Reports on military cantonments and civil stations in the Presidency of Bombay inspected by the Sanitary Commissioner in the years 1875 and 1876
Year: 1875
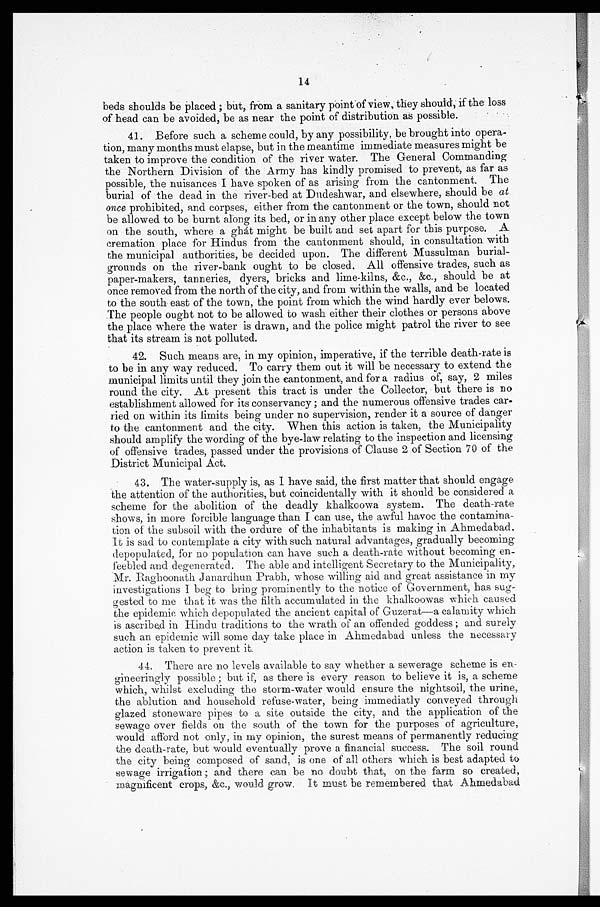
14
beds shoulds be placed; but, from a sanitary pointof view, they should, if the loss
of head can be avoided, be as near the point of distribution as possible.
41. Before such a scheme could, by any possibility, be brought into opera
-tion, many months must elapse, but in the meantime immediate measures might be
taken to improve the condition of the river water. The General Commanding
the Northern Division of the Army has kindly promised to prevent, as far as
possible, the nuisances I have spoken of as arising from the cantonment. The
burial of the dead in the river-bed at Dndeshwar, and elsewhere, should be at
once prohibited, and corpses, either from the cantonment or the town, should not
be allowed to be burnt along its bed, or in any other place except below the town
on the south, where a ghát might be built and set apart for this purpose. A
cremation place for Hindus from the cantonment should, in consultation with
the municipal authorities, be decided upon. The different Mussulman burial
-grounds on the river-bank ought to be closed. All offensive trades, such as
paper-makers, tanneries, dyers, bricks and lime-kilns, &c., &c., should be at
once removed from the north of the city, and from within the walls, and be located
to the south east of the town, the point from which the wind hardly ever belows.
The people ought not to be allowed to wash either their clothes or persons above
the place where the water is drawn, and the police might patrol the river to see
that its stream is not polluted.
42. Such means are, in my opinion, imperative, if the terrible death-rate is
to be in any way reduced. To carry them out it will be necessary to extend the
municipal limits until they join the cantonment, and for a radius of, say, 2 miles
round the city. At present this tract is under the Collector, but there is no
establishment allowed for its conservancy; and the numerous offensive trades car
-ried on within its limits being under no supervision, render it a source of danger
to the cantonment and the city. When this action is taken, the Municipality
should amplify the wording of the bye-law relating to the inspection and licensing
of offensive trades, passed under the provisions of Clause 2 of Section 70 of the
District Municipal Act.
43. The water-supply is, as I have said, the first matter that should engage
the attention of the authorities, but coincidentally with it should be considered a
scheme for the abolition of the deadly khalkoowa system. The death-rate
shows, in more forcible language than I can use, the awful havoc the contamina
-tion of the subsoil with the ordure of the inhabitants is making in Ahmedabad.
It is sad to contemplate a city with such natural advantages, gradually becoming
depopulated, for no population can have such a death-rate without becoming en
-feebled and degenerated. The able and intelligent Secretary to the Municipality,
Mr. Raghoonath Janardhun Prabh, whose willing aid and great assistance in my
investigations I beg to bring prominently to the notice of Government, has sug
-gested to me that it was the filth accumulated in the khalkoowas which caused
the epidemic which depopulated the ancient capital of Guzerat—a calamity which
is ascribed in Hindu traditions to the wrath of an offended goddess; and surely
such an epidemic will some day take place in Ahmedabad unless the necessary
action is taken to prevent it.
44. There are no levels available to say whether a sewerage scheme is en
-gineeringly possible; but if, as there is every reason to believe it is, a scheme
which, whilst excluding the storm-water would ensure the nightsoil, the urine,
the ablution and household refuse-water, being immediatly conveyed through
glazed stoneware pipes to a site outside the city, and the application of the
sewage over fields on the south of the town for the purposes of agriculture,
would afford not only, in my opinion, the surest means of permanently reducing
the death-rate, but would eventually prove a financial success. The soil round
the city being composed of sand, is one of all others which is best adapted to
sewage irrigation; and there can be no doubt that, on the farm so created,
magnificent crops, &c., would grow. It must be remembered that Ahmedabad